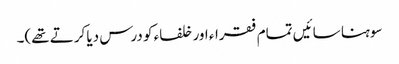
سوہنا سائیں تمام فقراء اور خلفاء کو درس دیا کرتے تھے)۔